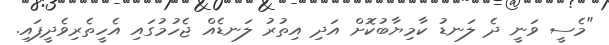
"މެސީ ވަނީ ދެ ލަނޑު ކާމިޔާބުކޮށް އަދި އިތުރު ލަނޑެއް ޖެހުމުގައި އެހީތެރިވެދީފައި.